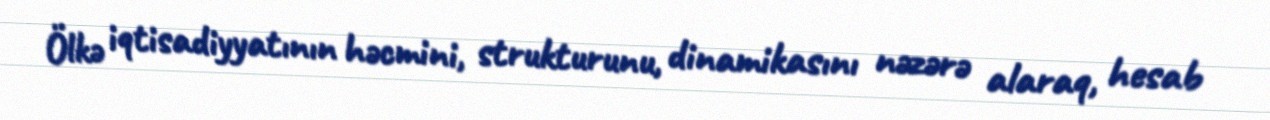
Ölkə iqtisadiyyatının həcmini, strukturunu, dinamikasını nəzərə alaraq, hesab